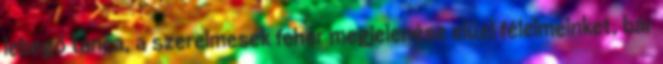
lebegő tánca, a szerelmesek fehér megjelenése elűzi félelmeinket, bár